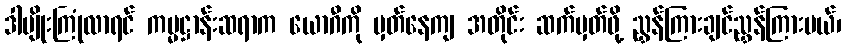
ဒါမျိုးကြုံလာရင် ကမ္မဋ္ဌာန်းဆရာက ယောဂီကို မှတ်နေကျ အတိုင်း ဆက်မှတ်ဖို့ ညွှန်ကြားချင်ညွှန်ကြားမယ်၊